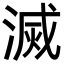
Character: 滅